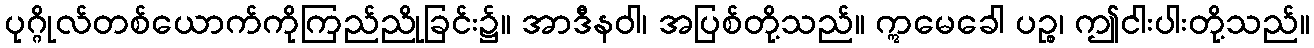
ပုဂ္ဂိုလ်တစ်ယောက်ကိုကြည်ညိုခြင်း၌။ အာဒီနဝါ၊ အပြစ်တို့သည်။ ဣမေခေါ ပဉ္စ၊ ဤငါးပါးတို့သည်။